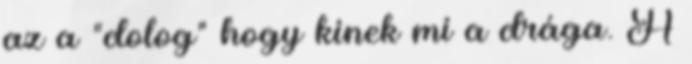
az a "dolog" hogy kinek mi a drága. A